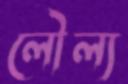
লৌল্য